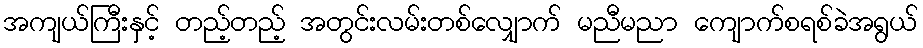
အကျယ်ကြီးနှင့် တည့်တည့် အတွင်းလမ်းတစ်လျှောက် မညီမညာ ကျောက်စရစ်ခဲအရွယ်